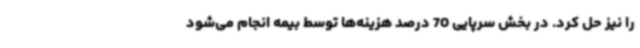
را نیز حل کرد. در بخش سرپایی 70 درصد هزینه‌ها توسط بیمه انجام می‌شود